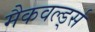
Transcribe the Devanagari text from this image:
मैकवर्ल्ड्स